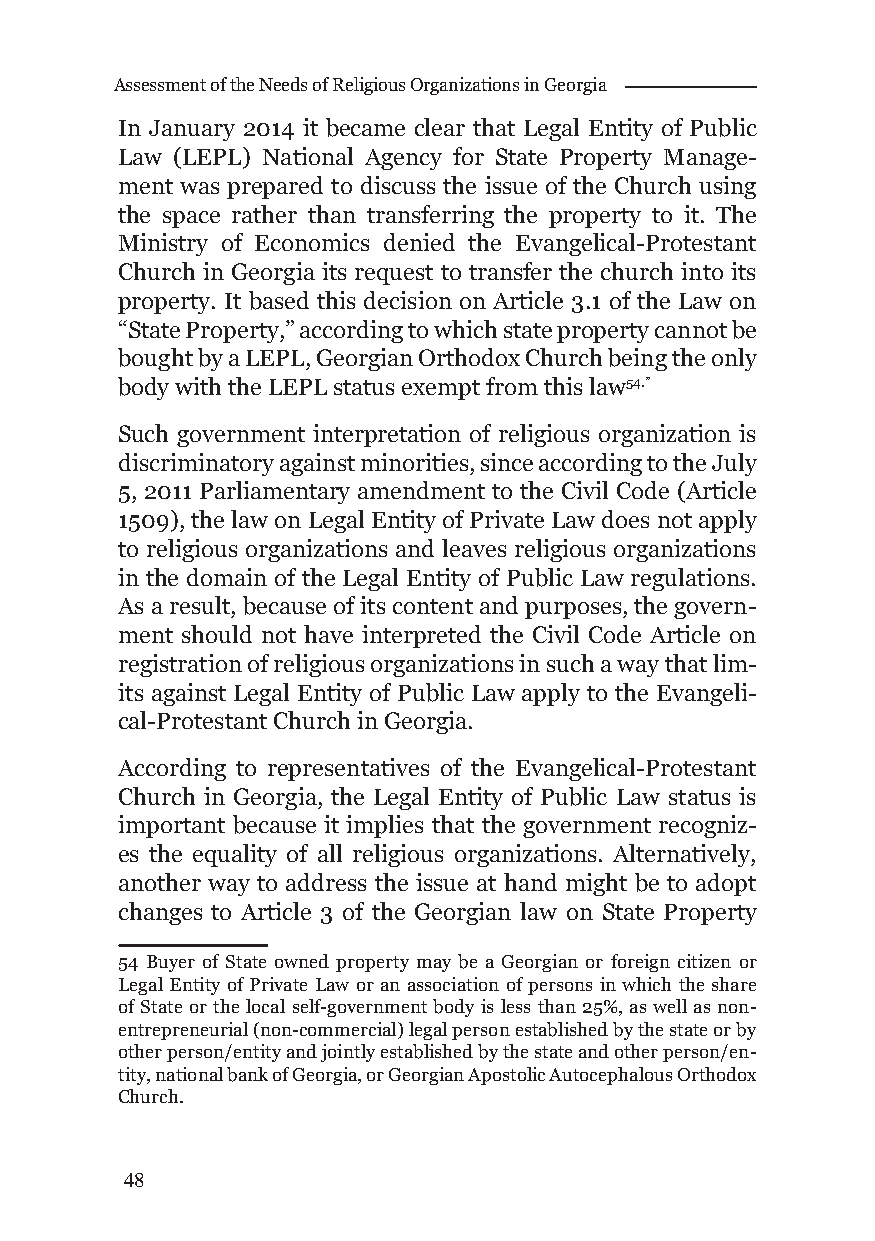
Assessment of the Needs of Religious Organizations in Georgia
 In January 2014 it became clear that Legal Entity of Public
 Law (LEPL) National Agency for State Property Manage-
 ment was prepared to discuss the issue of the Church using
 the space rather than transferring the property to it. The
 Ministry of Economics denied the Evangelical-Protestant
 Church in Georgia its request to transfer the church into its
 property. It based this decision on Article 3.1 of the Law on
 “State Property,” according to which state property cannot be
 bought by a LEPL, Georgian Orthodox Church being the only
 body with the LEPL status exempt from this law54.”
 Such government interpretation of religious organization is
 discriminatory against minorities, since according to the July
 5, 2011 Parliamentary amendment to the Civil Code (Article
 1509), the law on Legal Entity of Private Law does not apply
 to religious organizations and leaves religious organizations
 in the domain of the Legal Entity of Public Law regulations.
 As a result, because of its content and purposes, the govern-
 ment should not have interpreted the Civil Code Article on
 registration of religious organizations in such a way that lim-
 its against Legal Entity of Public Law apply to the Evangeli-
 cal-Protestant Church in Georgia.
 According to representatives of the Evangelical-Protestant
 Church in Georgia, the Legal Entity of Public Law status is
 important because it implies that the government recogniz-
 es the equality of all religious organizations. Alternatively,
 another way to address the issue at hand might be to adopt
 changes to Article 3 of the Georgian law on State Property
 54 Buyer of State owned property may be a Georgian or foreign citizen or
 Legal Entity of Private Law or an association of persons in which the share
 of State or the local self-government body is less than 25%, as well as non-
 entrepreneurial (non-commercial) legal person established by the state or by
 other person/entity and jointly established by the state and other person/en-
 tity, national bank of Georgia, or Georgian Apostolic Autocephalous Orthodox
 Church.
 48